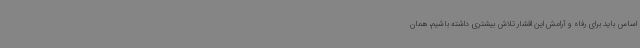
اساس باید برای رفاه و آرامش این اقشار تلاش بیشتری داشته باشیم، همان